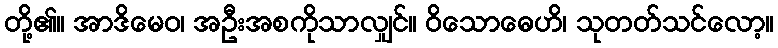
တို့၏။ အာဒိမေဝ၊ အဦးအစကိုသာလျှင်။ ဝိသောဓေဟိ၊ သုတတ်သင်လော့။